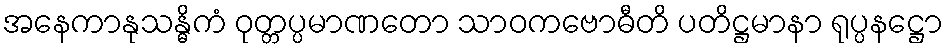
အနေကာနုသန္ဓိကံ ဝုတ္တပ္ပမာဏတော သာဝကဗောဓီတိ ပတိဋ္ဌမာနာ ရုပ္ပနဋ္ဌော